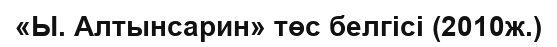
«Ы. Алтынсарин» төс белгісі (2010ж.)